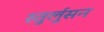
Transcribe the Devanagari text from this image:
स्तुर्लुसन